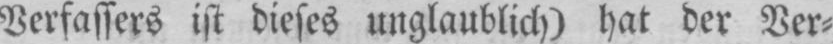
Verfassers ist dieses unglaublich) hat der Ver⸗